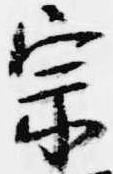
宗